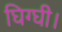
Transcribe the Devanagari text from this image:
घिग्घी।